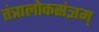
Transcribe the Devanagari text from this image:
तंत्रालोकसंज्ञम्